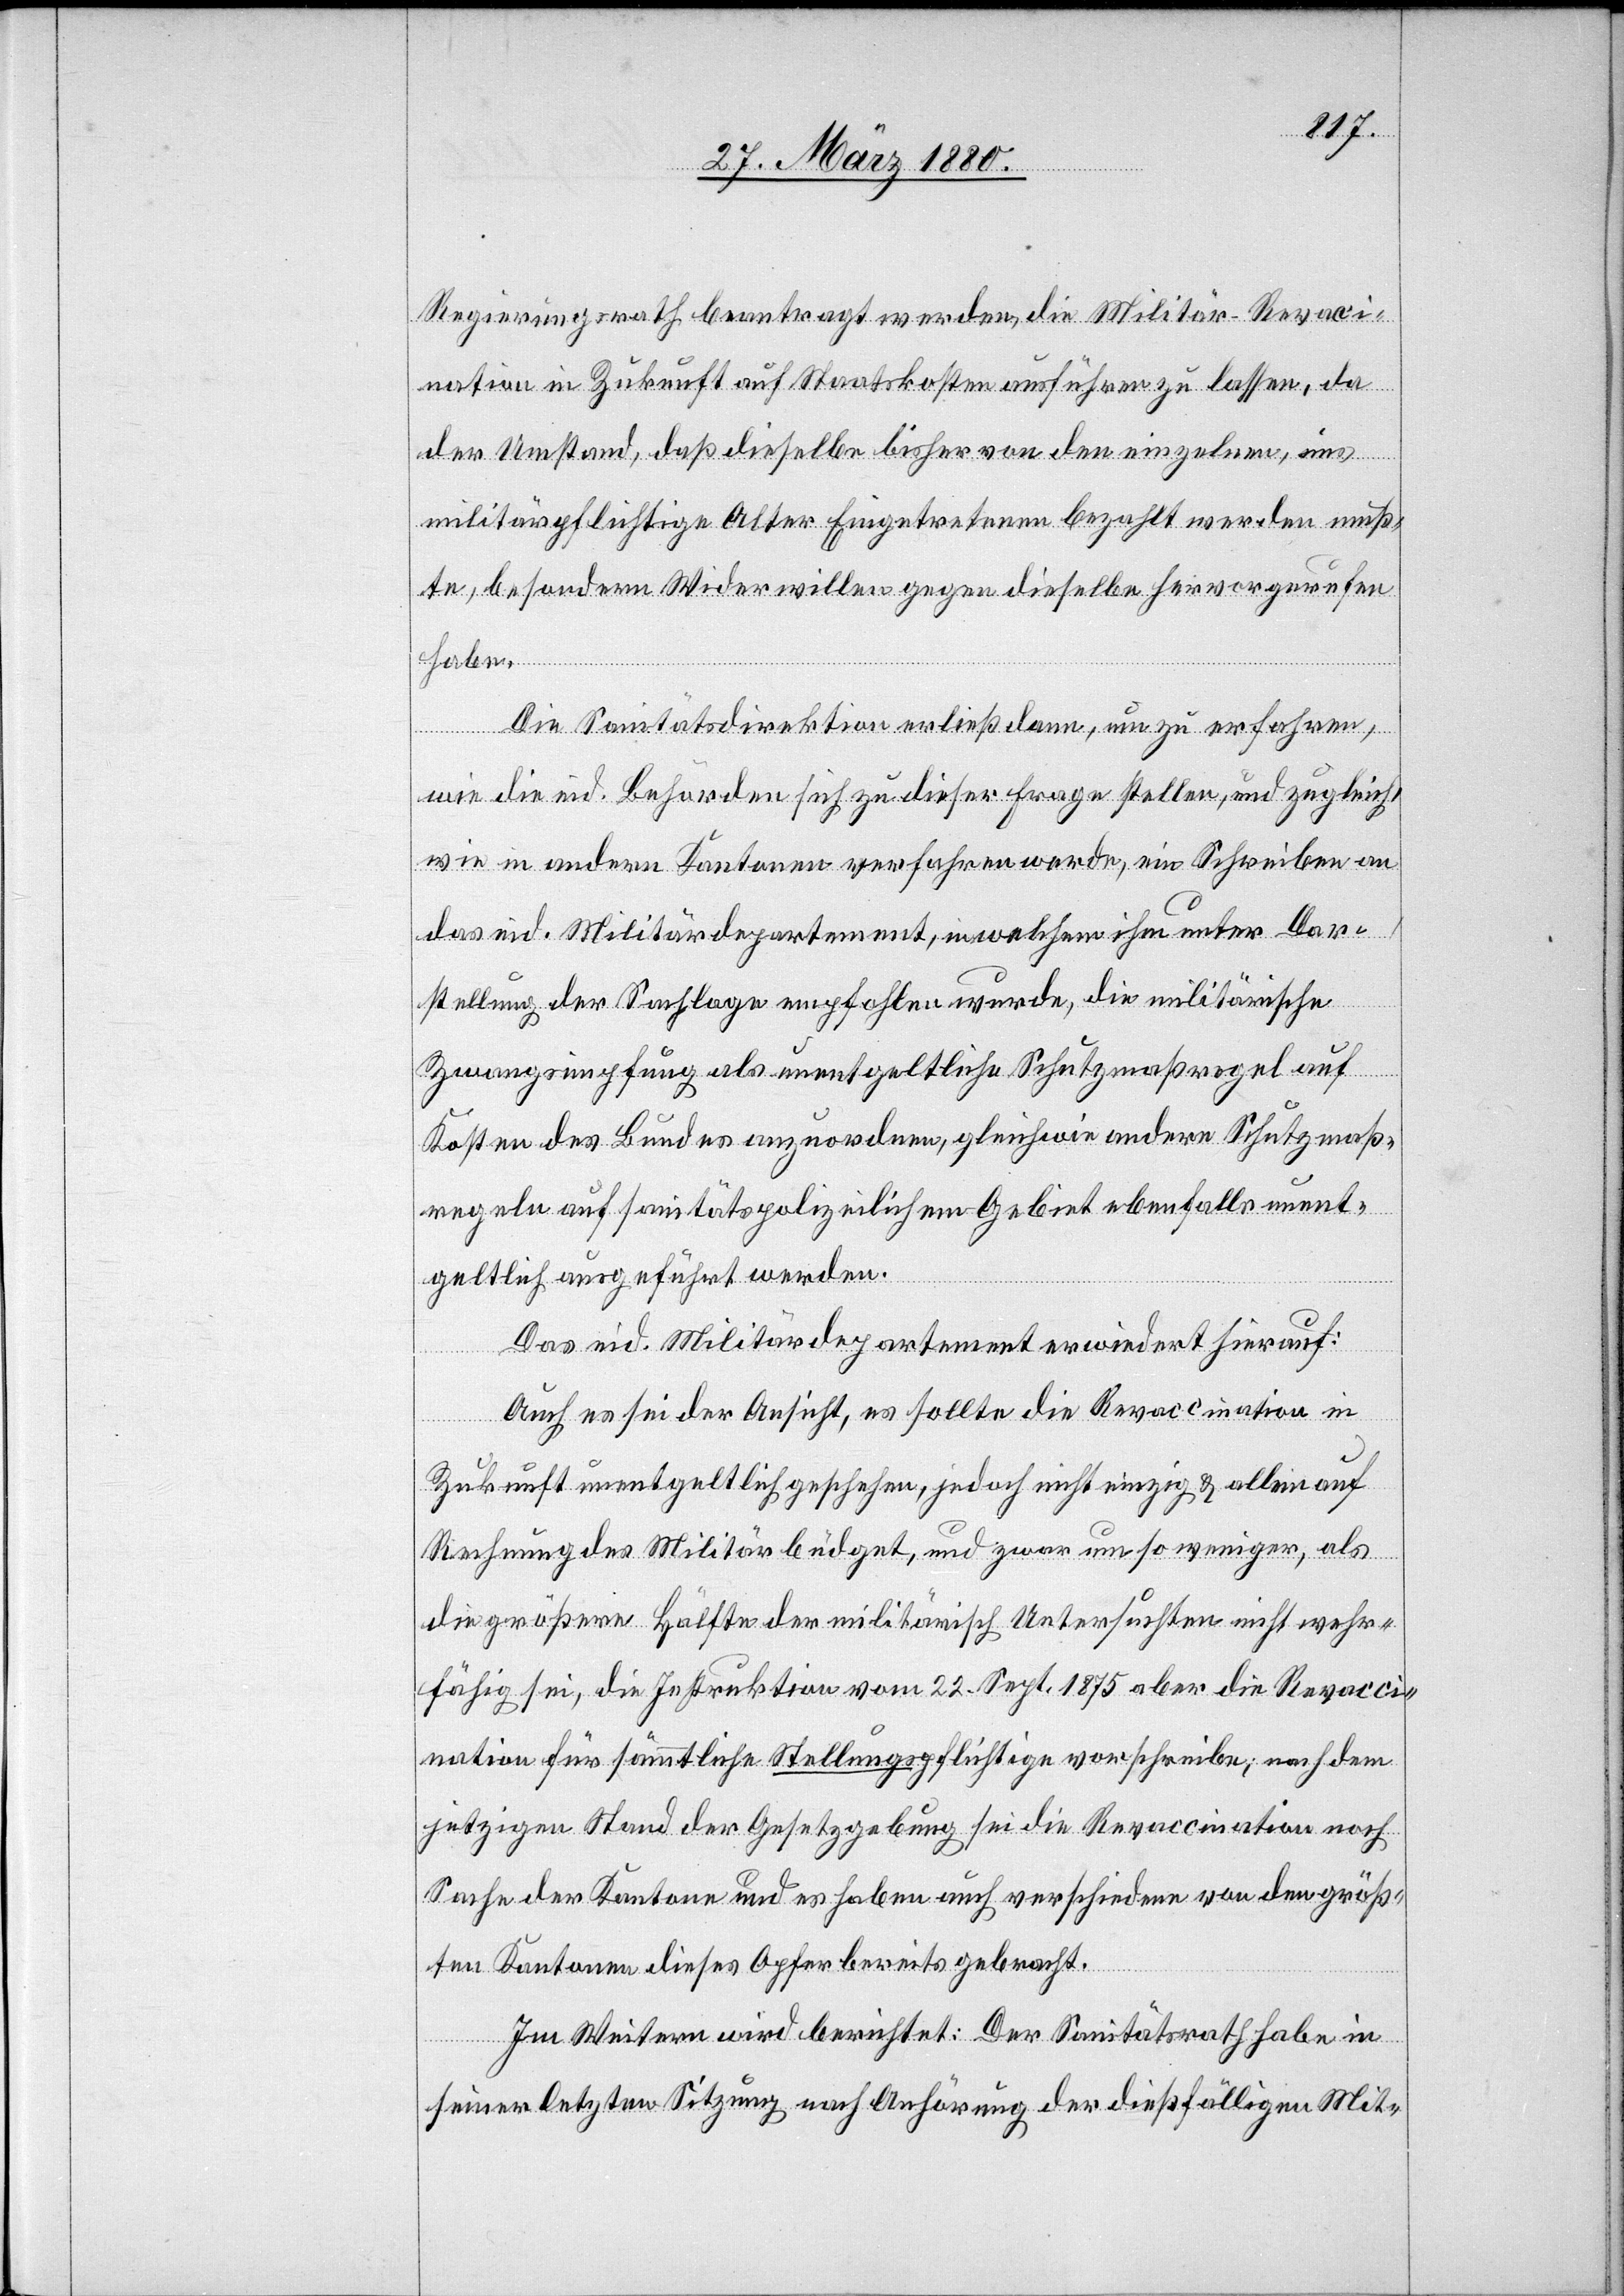
Regierungsrath beantragt werden, die Militär-Revaci¬
nation in Zukunft auf Staatskosten ausführen zu lassen, da
der Umstand, daß dieselbe bisher von den einzelnen, ins
militärpflichtige Alter Eingetretenen bezahlt werden muß¬
te, besondern Widerwillen gegen dieselbe hervorgerufen
habe.
Die Sanitätsdirektion erließ dann, um zu erfahren,
wie die eid. Behörden sich zu dieser Frage stellen, und zugleich,
wie in andern Kantonen verfahren werde, ein Schreiben an
das eid. Militärdepartement, in welchem ihm unter Dar¬
stellung der Sachlage empfohlen wurde, die militärische
Zwangsimpfung als unentgeltliche Schutzmaßregel auf
Kosten des Bundes anzuordnen, gleichwie andere Schutzmaß¬
regeln auf sanitätspolizeilichem Gebiete ebenfalls unent¬
geltlich ausgeführt werden.
Das eid. Militärdepartement erwiedert hierauf:
Auch es sei der Ansicht, es sollte die Revaccination in
Zukunft unentgeltlich geschehen, jedoch nicht einzig & allein auf
Rechnung des Militärbüdget, und zwar um so weniger, als
die größere Hälfte der militärisch Untersuchten nicht wehr¬
fähig sei, die Instruktion vom 22. Sept. 1875 aber die Revacci¬
nation für sämmtliche Stellungspflichtige vorschreibe; nach dem
jetzigen Stand der Gesetzgebung sei die Revaccination noch
Sache der Kantone und es haben auch verschiedene von den größ¬
ten Kantonen dieses Opfer bereits gebracht.
Im Weitern wird berichtet: Der Sanitätsrath habe in
seiner letzten Sitzung nach Anhörung der dießfälligen Mit-